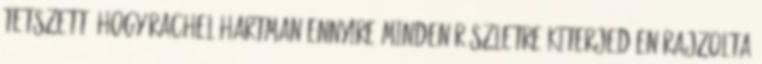
tetszett, hogy Rachel Hartman ennyire minden részletre kiterjedően rajzolta